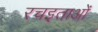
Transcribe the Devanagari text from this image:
रचइताओं